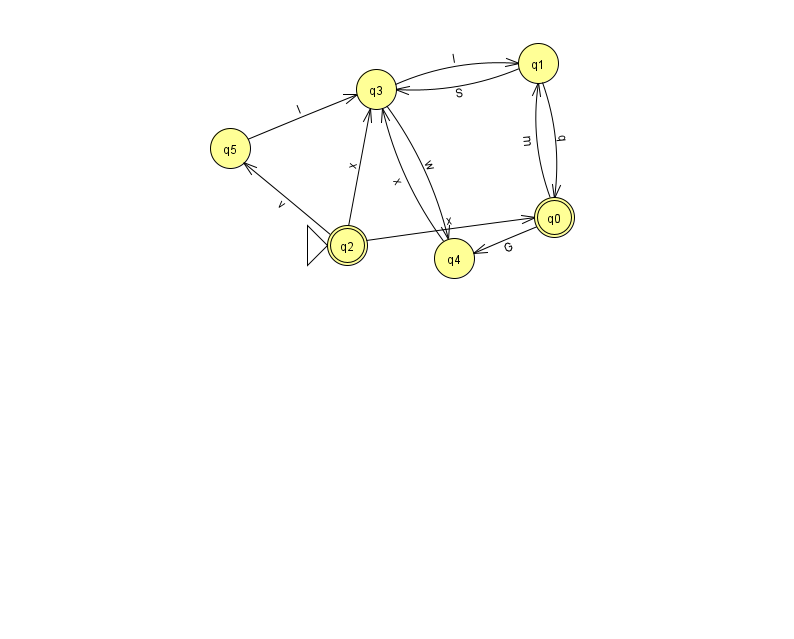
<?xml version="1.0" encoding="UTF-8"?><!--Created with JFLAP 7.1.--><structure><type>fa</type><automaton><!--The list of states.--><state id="0" name="q0"><x>554.0</x><y>204.0</y><final/></state><state id="1" name="q1"><x>538.0</x><y>50.0</y></state><state id="2" name="q2"><x>347.0</x><y>232.0</y><initial/><final/></state><state id="3" name="q3"><x>376.0</x><y>76.0</y></state><state id="4" name="q4"><x>454.0</x><y>245.0</y></state><state id="5" name="q5"><x>230.0</x><y>135.0</y></state><!--The list of transitions.--><transition><from>2</from><to>5</to><read>v</read></transition><transition><from>3</from><to>4</to><read>w</read></transition><transition><from>1</from><to>3</to><read>S</read></transition><transition><from>2</from><to>3</to><read>x</read></transition><transition><from>2</from><to>0</to><read>x</read></transition><transition><from>5</from><to>3</to><read>I</read></transition><transition><from>0</from><to>4</to><read>G</read></transition><transition><from>1</from><to>0</to><read>q</read></transition><transition><from>0</from><to>1</to><read>m</read></transition><transition><from>3</from><to>1</to><read>l</read></transition><transition><from>4</from><to>3</to><read>x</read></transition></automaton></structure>